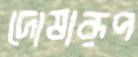
দোষারূপ